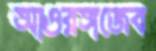
আওরঙ্গজেব